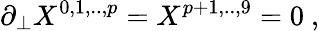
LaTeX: \partial_{\perp}X^{0,1,..,p}=X^{p+1,..,9}=0\ ,